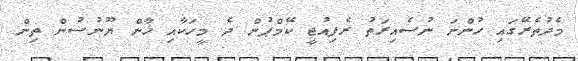
މެދުތެރޭގައި ހުންނަ ނުސެއިރަތު ރެފިއުޖީ ކޭމްޕުން ދެ މީހަކާއި ޚާން ޔޫނުސުން ތިން